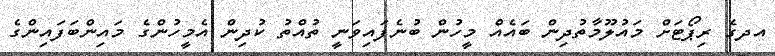
އދގެ ރިޕޯޓަށް މައުލޫމާތުދިން ބައެއް މީހުން ބުނެފައިވަނީ ތުއްތު ކުދިން އެމީހުންގެ މައިންބަފައިންގެ